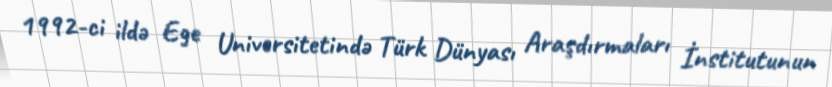
1992-ci ildə Ege Universitetində Türk Dünyası Araşdırmaları İnstitutunun